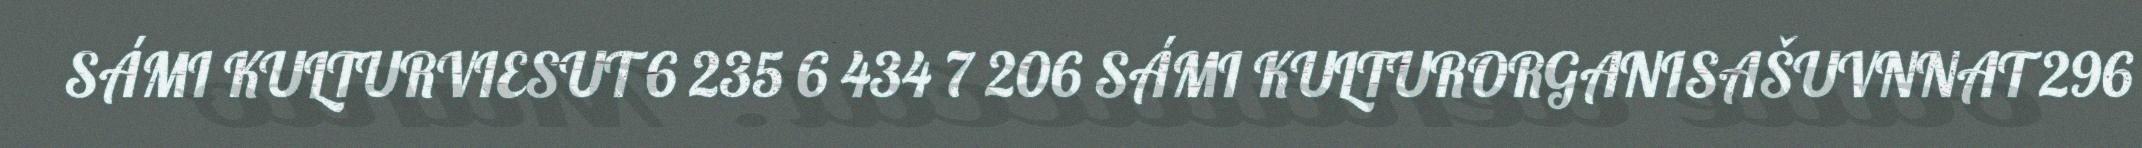
SÁMI KULTURVIESUT 6 235 6 434 7 206 SÁMI KULTURORGANISAŠUVNNAT 296